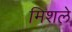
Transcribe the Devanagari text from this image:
मिशले